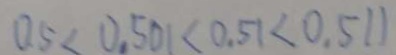
0 . 5 < 0 . 5 0 1 < 0 . 5 1 < 0 . 5 1 1